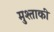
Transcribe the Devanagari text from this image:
मुश्ताकी